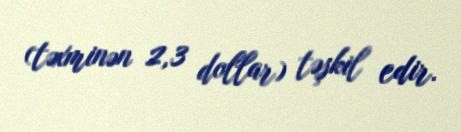
(təxminən 2,3 dollar) təşkil edir.